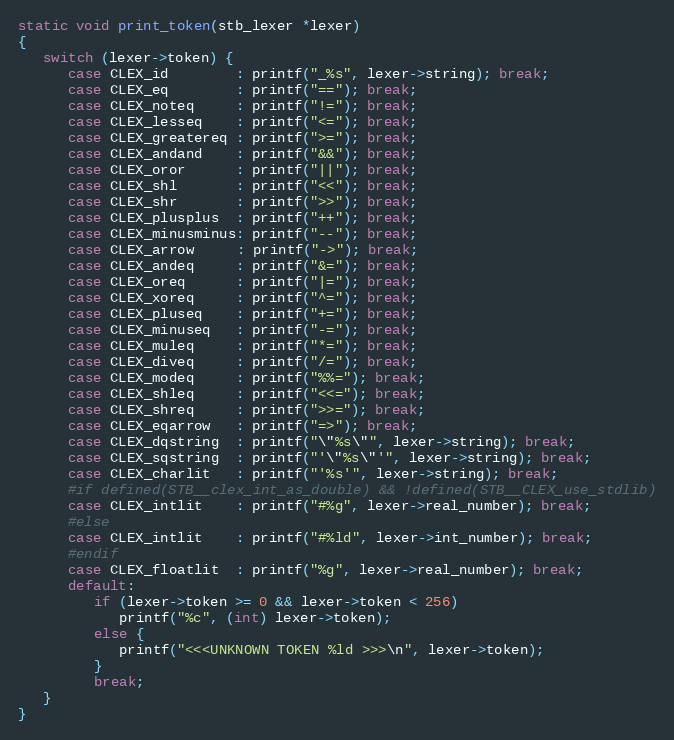
Language: C
static void print_token(stb_lexer *lexer)
{
   switch (lexer->token) {
      case CLEX_id        : printf("_%s", lexer->string); break;
      case CLEX_eq        : printf("=="); break;
      case CLEX_noteq     : printf("!="); break;
      case CLEX_lesseq    : printf("<="); break;
      case CLEX_greatereq : printf(">="); break;
      case CLEX_andand    : printf("&&"); break;
      case CLEX_oror      : printf("||"); break;
      case CLEX_shl       : printf("<<"); break;
      case CLEX_shr       : printf(">>"); break;
      case CLEX_plusplus  : printf("++"); break;
      case CLEX_minusminus: printf("--"); break;
      case CLEX_arrow     : printf("->"); break;
      case CLEX_andeq     : printf("&="); break;
      case CLEX_oreq      : printf("|="); break;
      case CLEX_xoreq     : printf("^="); break;
      case CLEX_pluseq    : printf("+="); break;
      case CLEX_minuseq   : printf("-="); break;
      case CLEX_muleq     : printf("*="); break;
      case CLEX_diveq     : printf("/="); break;
      case CLEX_modeq     : printf("%%="); break;
      case CLEX_shleq     : printf("<<="); break;
      case CLEX_shreq     : printf(">>="); break;
      case CLEX_eqarrow   : printf("=>"); break;
      case CLEX_dqstring  : printf("\"%s\"", lexer->string); break;
      case CLEX_sqstring  : printf("'\"%s\"'", lexer->string); break;
      case CLEX_charlit   : printf("'%s'", lexer->string); break;
      #if defined(STB__clex_int_as_double) && !defined(STB__CLEX_use_stdlib)
      case CLEX_intlit    : printf("#%g", lexer->real_number); break;
      #else
      case CLEX_intlit    : printf("#%ld", lexer->int_number); break;
      #endif
      case CLEX_floatlit  : printf("%g", lexer->real_number); break;
      default:
         if (lexer->token >= 0 && lexer->token < 256)
            printf("%c", (int) lexer->token);
         else {
            printf("<<<UNKNOWN TOKEN %ld >>>\n", lexer->token);
         }
         break;
   }
}